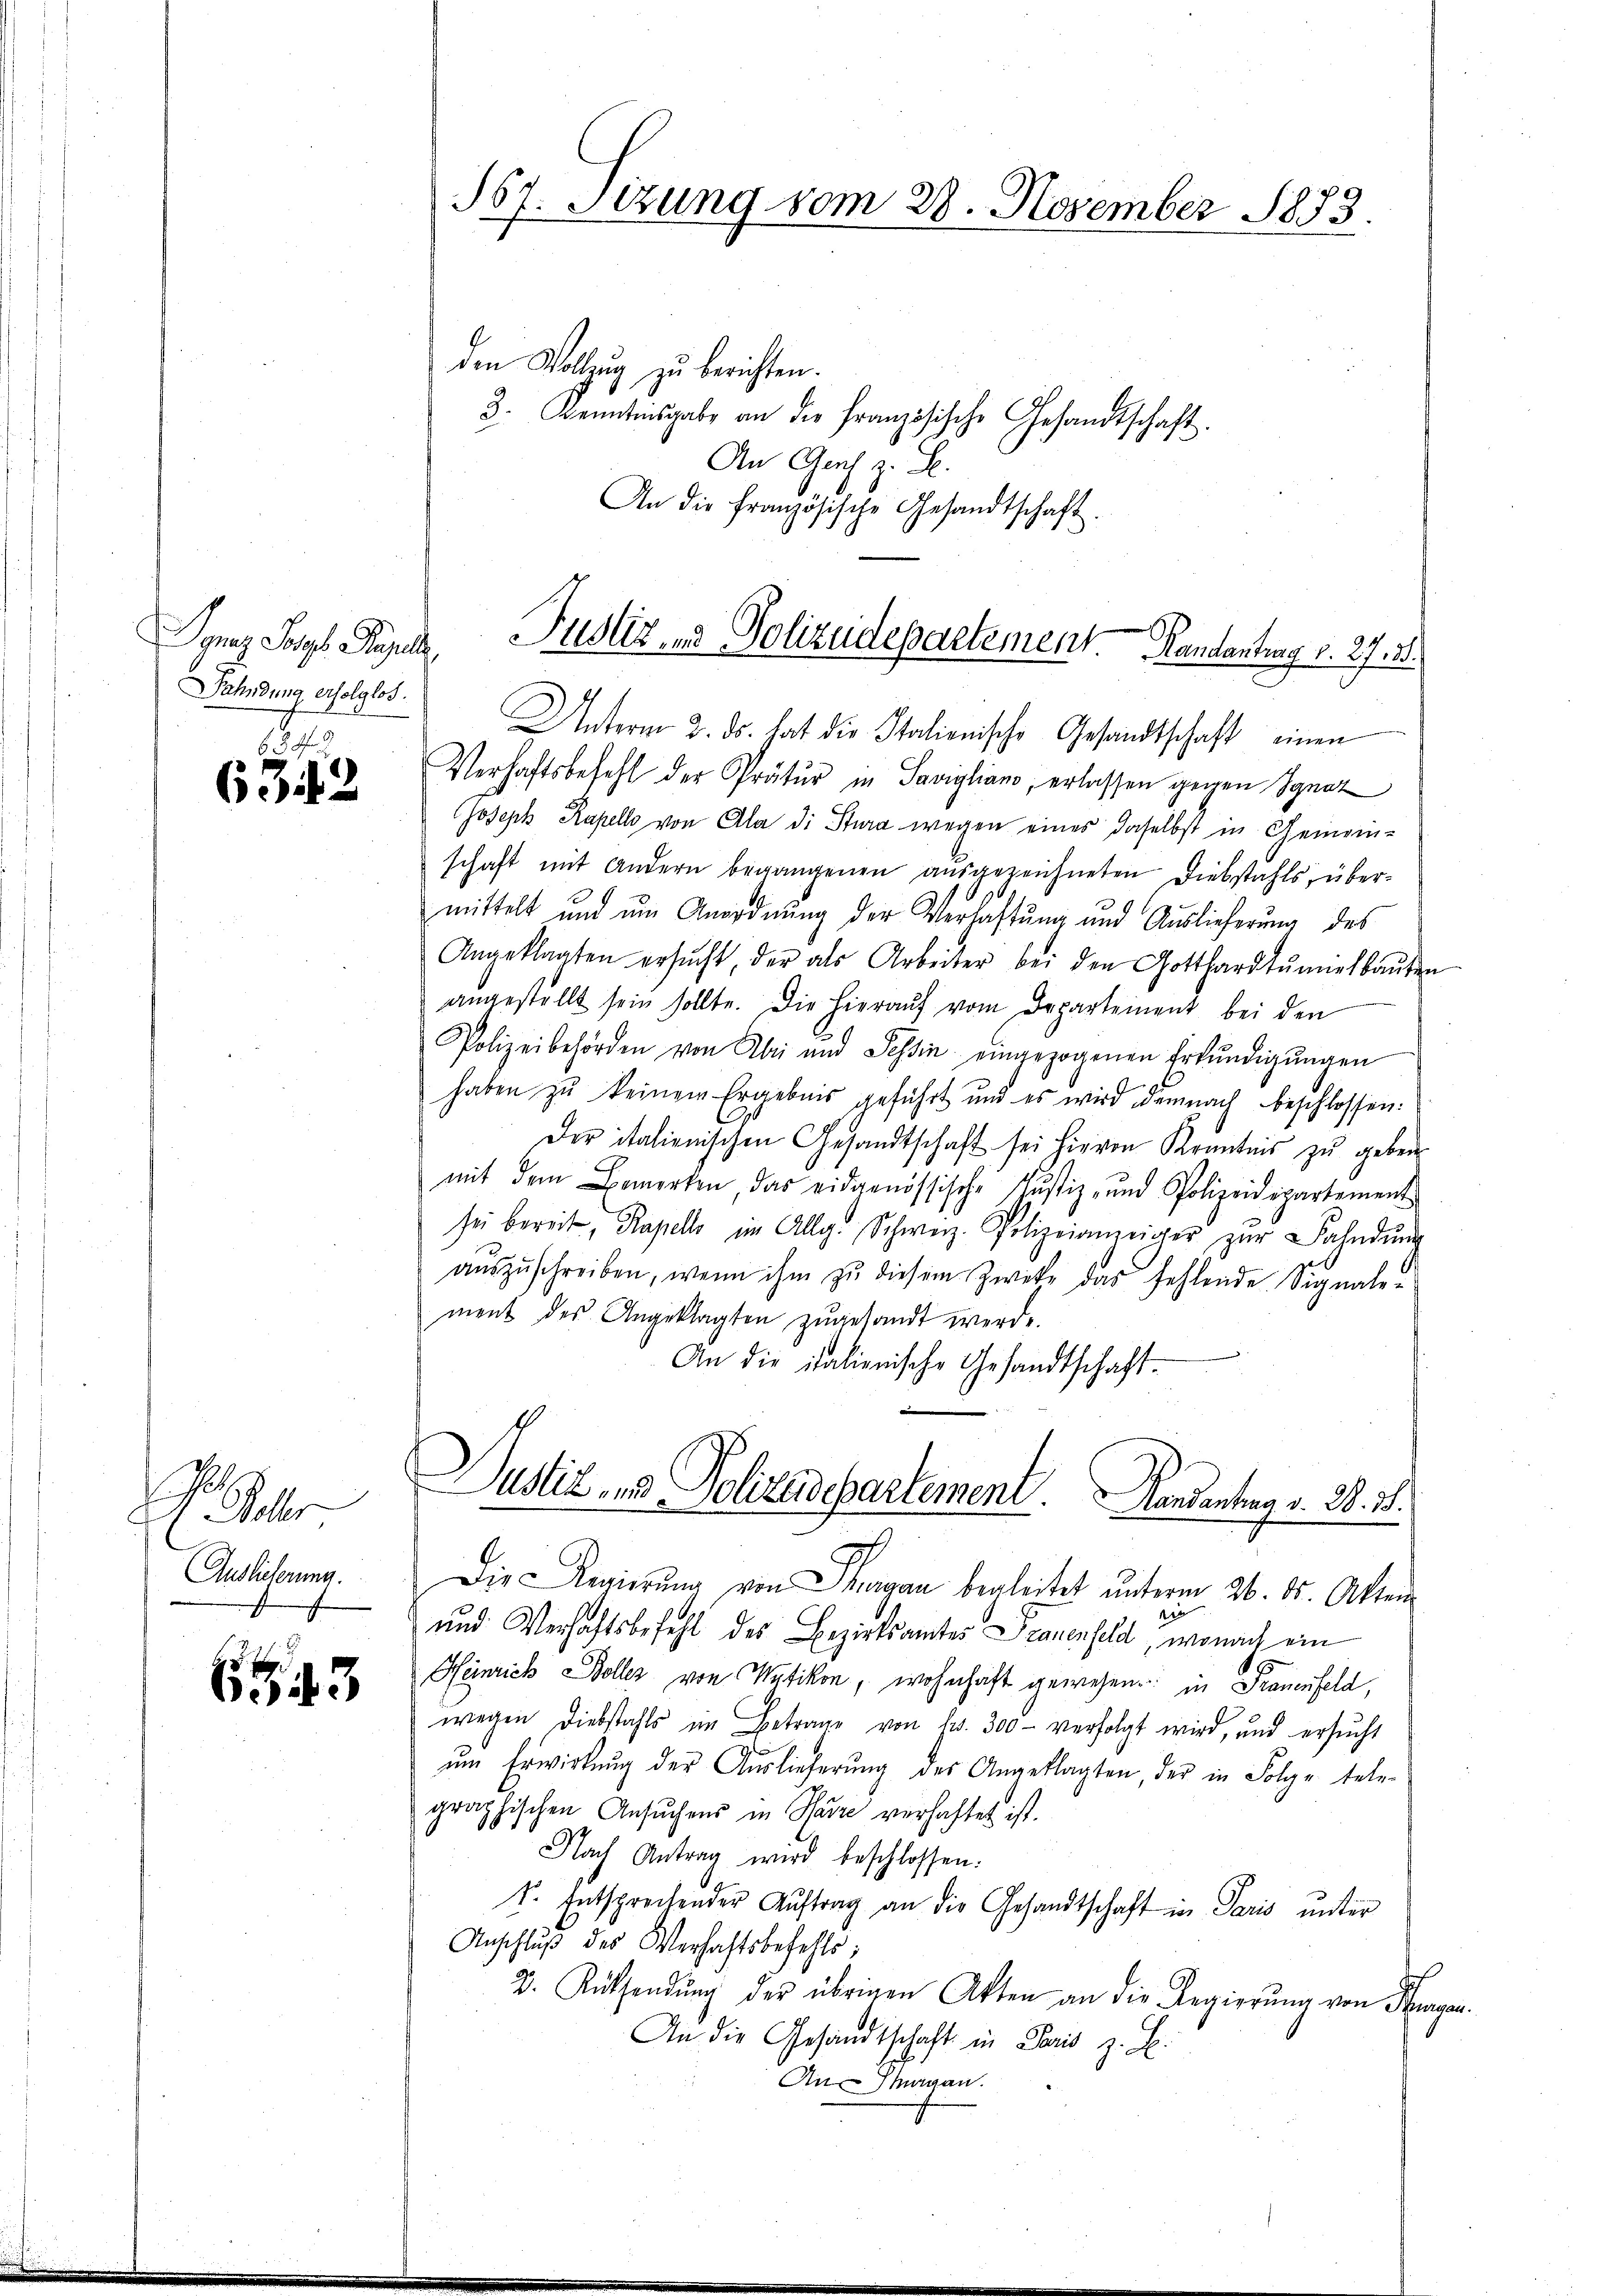
Fahndung erfolglos.

6312

.

Auslicherung.

3

357. Sizung vom 28. November 1873.

den Vollzug zu berichten.
3. Kenntnisgabe an der französische Gesandtschaft.
An Gach z. B.
An die französische Gesandtschaft.

Unterm 3. ds. hat die Italienische Gesandtschaft einen
Verhaftsbefehl der Prätur in Savigliano, erlassen gegen Ignaz
Joseph Kapello von Ala di Stura wegen eines daselbst in Gemein-
schaft mit Andern begangenen aŭsgezeichneten Diebstahls, übermittelt und um Anordnung der Verhaftung und Auslieferung des
Angeklagten ersŭcht, der als Arbeiter bei den Gotthardtŭmielbaŭten
angestellt sein sollte. Die hieraŭf vom Departement bei den
Polizeibehörden von Abri und Tessin eingezogenen Erkŭndigŭngen
haben zu keinem Ergebnis geführt und es wird demnach beschlossen:
Der italienischen Gesandtschaft sei hievon Kenntnis zŭ geben.
mit dem Bemerken, das eidgenössische Justiz- und Polizeidipartement
sei bereit, Kapell im Allg. Schweiz. Polizeianzeiger zŭr Bahndŭng
aŭszŭschreiben, wenn ihm zŭ diesem Zwecke das fehlende Signalen
ment des Angeklagten zugesandt werde
An die italienische Gesandtschaft-
Justiz- und Polizeisepartement. Handentrag v. 28. 38.
Die Regierung von Thurgau begleitet unterm 26. ds. Akten
in
und Verhaftsbefehl des Bezirksamtes Frauenfeld, wonach ein
Heinrich Boller von Wytikon, wohnhaft gewesen. in Frauenfeld,
wegen Diebstahls im Betrage von fr. 300 - verfolgt wird, und ersucht
ŭm Erwirkung der Auslieferung des Angeklagten, der in Folge tele-
graphischen Ansŭchens in Havre verhaftet ist.
Nach Antrag wird beschlossen:
k. Entsprechender Aŭftrag an die Gesandtschaft in Paris unter
Anschlŭβ des Verhachtsbefehls:
2. Rüthendŭng der übrigen Akten an die Regierŭng von Frag
An die Gesandtschaft in Paris z. B.
An Thurgau.

Ignaz Sogl Papek Justiz & Polizeidepartement andantrag v. 27. 25.

als.